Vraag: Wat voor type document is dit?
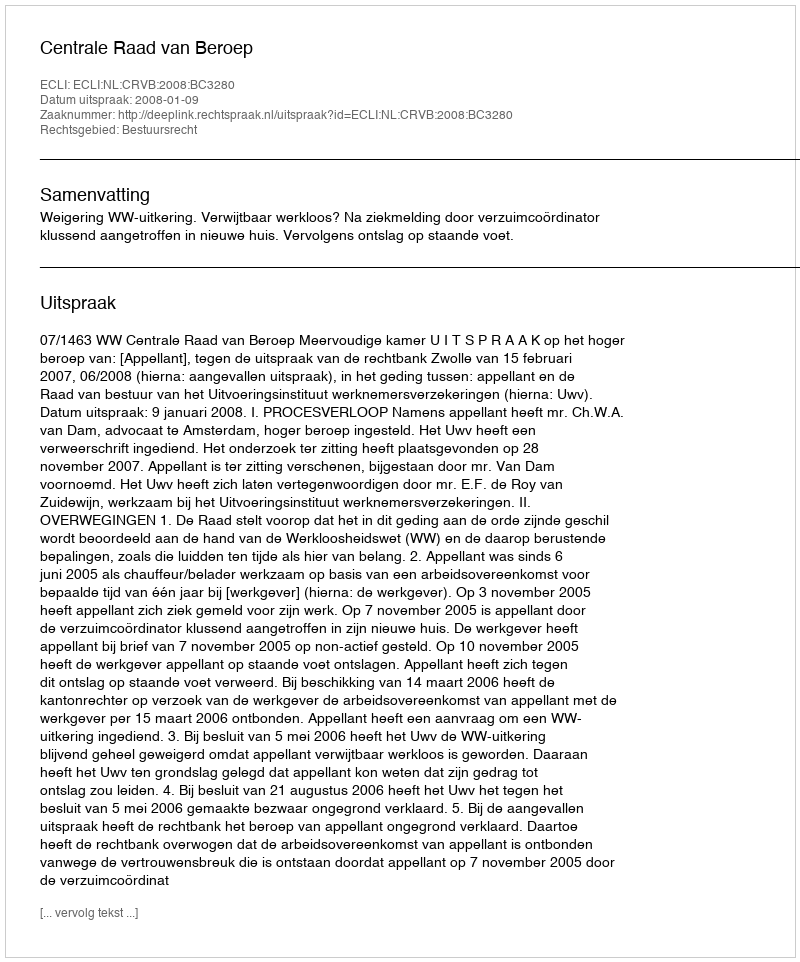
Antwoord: Uitspraak